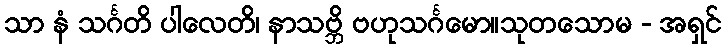
သာ နံ သင်္ဂတိ ပါလေတိ၊ နာသဗ္ဘိ ဗဟုသင်္ဂမော။သုတသောမ - အရှင်